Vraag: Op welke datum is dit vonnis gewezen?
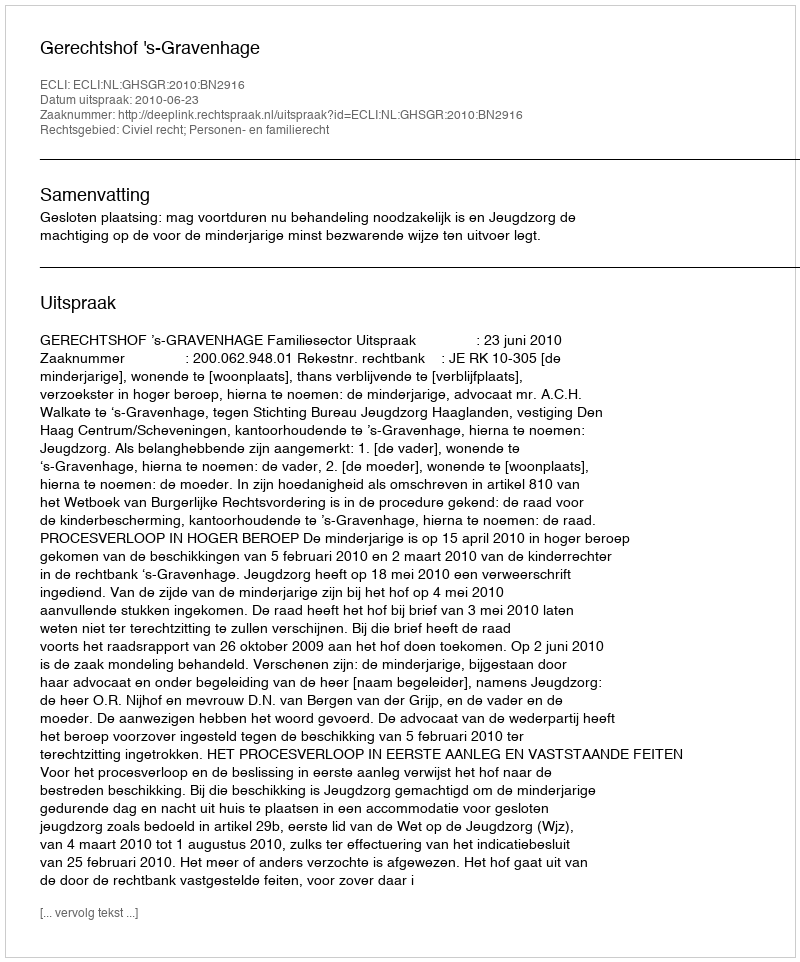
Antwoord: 2010-06-23